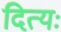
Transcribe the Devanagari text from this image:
दित्यः